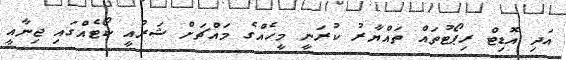
އަދި އޮޑިޓް ރިޕޯޓުތައް ތައްޔާރު ކުރަނީ މީހެއްގެ މައްޗަށް ޝަރުއީ ކޯޓެއްގައި ޖިނާއީ